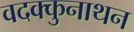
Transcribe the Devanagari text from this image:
वदक्कुनाथन